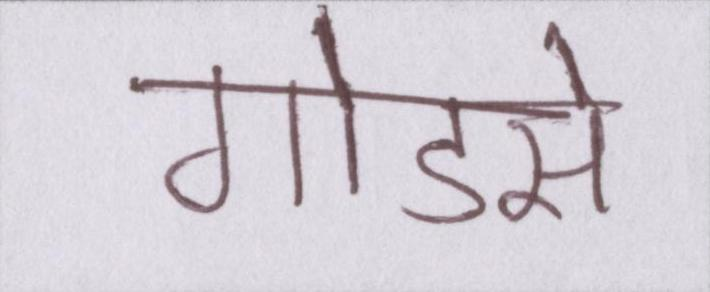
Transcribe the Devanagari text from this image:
गोडसे